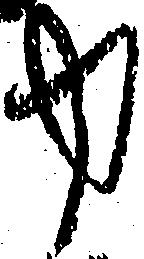
中